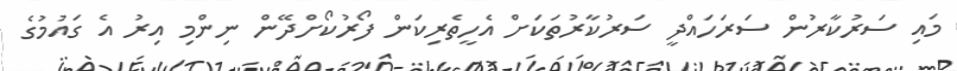
މައި ސަރުކާރުން ސަރަހައްދީ ސަރުކާރުތަކަށް އެހީތެރިކަން ފޯރުކޯށްދޭން ނިންމި އިރު އެ ގައުމުގެ